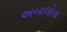
અબાલોવા